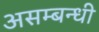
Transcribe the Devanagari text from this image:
असम्बन्धी